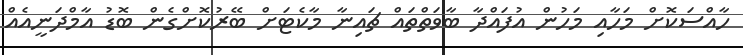
ހާއްސަކޮށް މަހާއި މަހުން އުފައްދާ ބާވަތްތައް ޗައިނާ މާކެޓަށް ބޭރުކޮށްގެން ބޮޑު އާމްދަނީއެއް